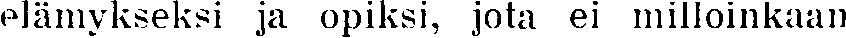
elämykseksi ja opiksi, jota ei milloinkaan